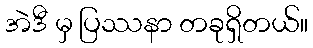
အဲဒီ မှ ပြဿနာ တခုရှိတယ်။